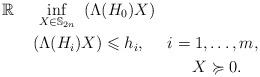
LaTeX: \begin{align*}\mathbb{R}~ ~~~ \inf_{X \in \mathbb{S}_{2n}} ~ ( \Lambda(H_0) X) ~~~~~~~~~~~~~~~~~~~ \\~~~~~~~~~~~~~~~~~~~~~~~~~~ ~~~( \Lambda(H_i) X) \leqslant h_i, ~~~~ i=1, \hdots, m, \\X \succcurlyeq 0. ~~~ \end{align*}